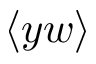
\langle y w \rangle